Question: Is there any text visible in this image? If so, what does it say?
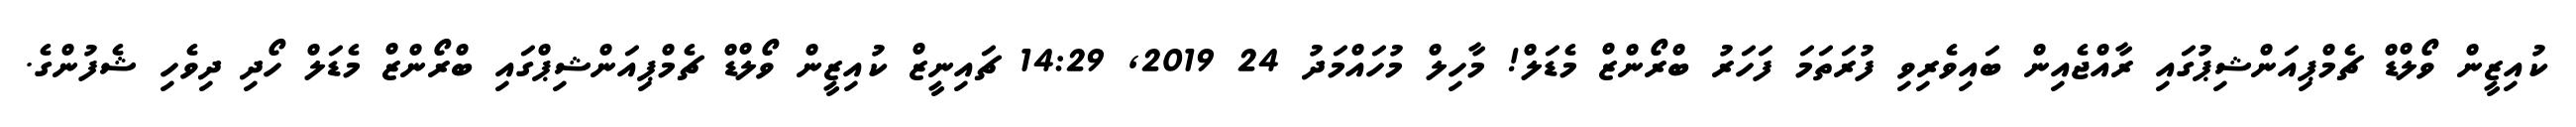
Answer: ކުއިޒީން ވޯލްޑް ޗެމްޕިއަންޝިޕުގައި ރާއްޖެއިން ބައިވެރިވި ފުރަތަމަ ފަހަރު ބްރޯންޒް މެޑަލް! މާހިލް މުހައްމަދު 24 2019, 14:29 ޗައިނީޒް ކުއިޒީން ވޯލްޑް ޗެމްޕިއަންޝިޕްގައި ބްރޯންޒް މެޑަލް ހޯދި ދިވެހި ޝެފުންގެ.